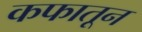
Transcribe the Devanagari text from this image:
कफातून